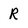
Character: R